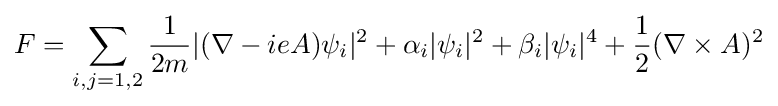
F=\sum _{i,j=1,2}{\frac {1}{2m}}|(\nabla -ieA)\psi _{i}|^{2}+\alpha _{i}|\psi _{i}|^{2}+\beta _{i}|\psi _{i}|^{4}+{\frac {1}{2}}(\nabla \times A)^{2}